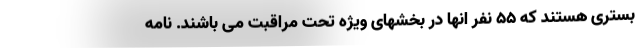
بستری هستند که ۵۵ نفر انها در بخشهای ویژه تحت مراقبت می باشند. نامه